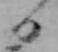
日